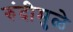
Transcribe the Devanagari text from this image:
रुंदीमुळे